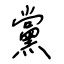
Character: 黨